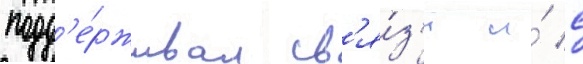
подд'е́рживал св'я́з'и и́ с